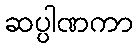
ဆပ္ပါဏကာ